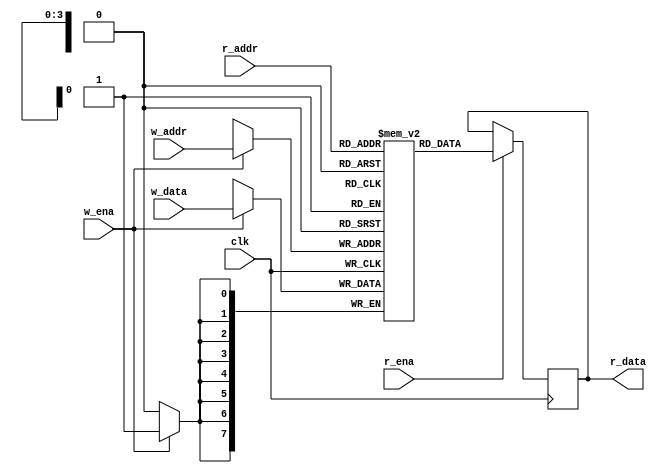
module buffer(clk, 
		   w_data,
		   r_ena, 
		   w_ena, 
		   r_data, 
		   w_addr, 
		   r_addr);

//Parameters
parameter WIDTH = 8;
parameter DEPTH = 16;
parameter ADDR_WIDTH = 4;

//Inputs and Outputs
input clk;
input r_ena, w_ena;
input [WIDTH - 1:0] w_data;
input [ADDR_WIDTH - 1:0] w_addr, r_addr;
output [WIDTH - 1:0] r_data;

//Register Memory
reg [WIDTH - 1:0]mem[0:DEPTH - 1];
reg [WIDTH - 1:0]r_data;

//Main
always @(posedge clk) begin
	if (w_ena) begin
		mem[w_addr] <= w_data;
	end
	if (r_ena) begin
		r_data <= mem[r_addr];
	end
end
endmodule